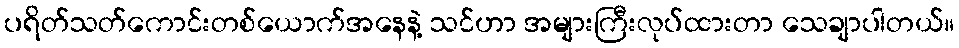
ပရိတ်သတ်ကောင်းတစ်ယောက်အနေနဲ့ သင်ဟာ အများကြီးလုပ်ထားတာ သေချာပါတယ်။